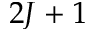
2 J + 1